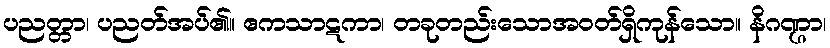
ပညတ္တာ၊ ပညတ်အပ်၏။ ဧကသာဋကာ၊ တခုတည်းသောအဝတ်ရှိကုန်သော။ နိဂဏ္ဌာ၊